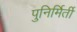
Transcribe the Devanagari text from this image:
पुनिर्मिर्ती